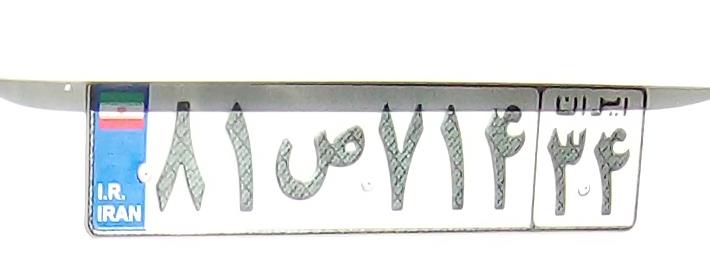
۸۱ص۷۱۴۳۴